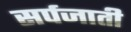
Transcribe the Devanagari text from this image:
सर्पजाती